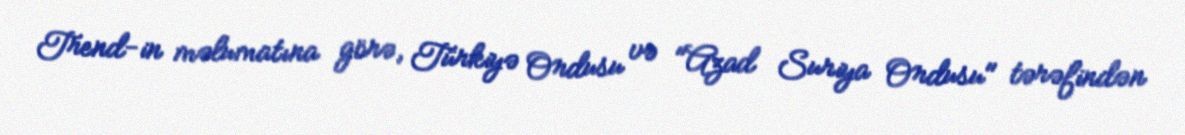
Trend-in məlumatına görə, Türkiyə Ordusu və "Azad Suriya Ordusu" tərəfindən